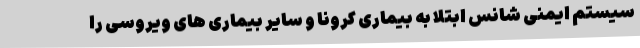
سیستم ایمنی شانس ابتلا به بیماری کرونا و سایر بیماری های ویروسی را